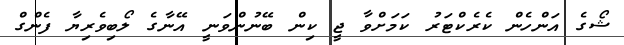
ޝޯގެ އަންހެން ކެރެކްޓަރު ކަމަށްވާ ޖީ ކިން ބޭނުންވަނީ އޭނާގެ ލޯބިވެރިޔާ ފެންގް